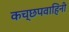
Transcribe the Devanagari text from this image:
कच्छपवाहिनी